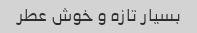
بسیار تازه و خوش عطر